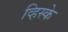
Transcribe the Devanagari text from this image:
व्हिस्के